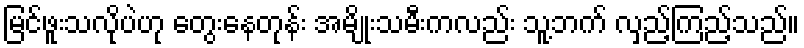
မြင်ဖူးသလိုပဲဟု တွေးနေတုန်း အမျိုးသမီးကလည်း သူ့ဘက် လှည့်ကြည့်သည်။